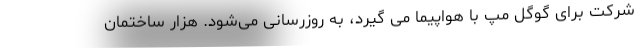
شرکت برای گوگل مپ با هواپیما می گیرد، به روزرسانی می‌شود. هزار ساختمان